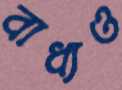
বাধ্যও